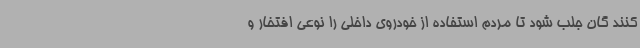
کنند گان جلب شود تا مردم استفاده از خودروی داخلی را نوعی افتخار و